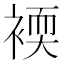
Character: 䙇